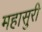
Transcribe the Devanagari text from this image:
महासुरी